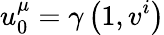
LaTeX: u_{0}^{\mu}=\gamma\left(1,v^{i}\right)